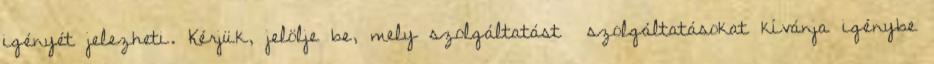
igényét jelezheti. Kérjük, jelölje be, mely szolgáltatást szolgáltatásokat kívánja igénybe